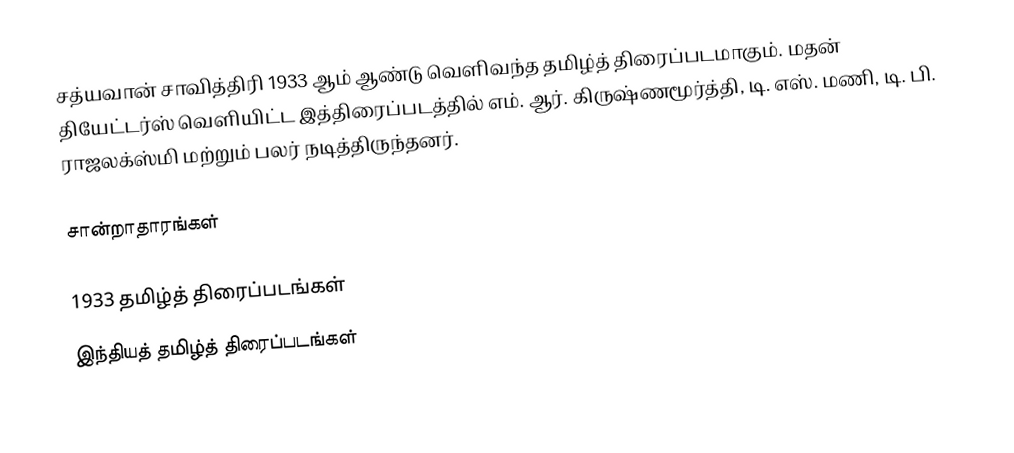
சத்யவான் சாவித்திரி 1933 ஆம் ஆண்டு வெளிவந்த தமிழ்த் திரைப்படமாகும். மதன் தியேட்டர்ஸ் வெளியிட்ட இத்திரைப்படத்தில் எம். ஆர். கிருஷ்ணமூர்த்தி, டி. எஸ். மணி, டி. பி. ராஜலக்ஸ்மி மற்றும் பலர் நடித்திருந்தனர்.

சான்றாதாரங்கள்

1933 தமிழ்த் திரைப்படங்கள்
இந்தியத் தமிழ்த் திரைப்படங்கள்